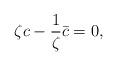
LaTeX: \begin{align*} \zeta c - \frac{1}{\zeta}\bar{c} = 0,\end{align*}